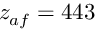
z _ { a f } = 4 4 3